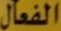
الفعال